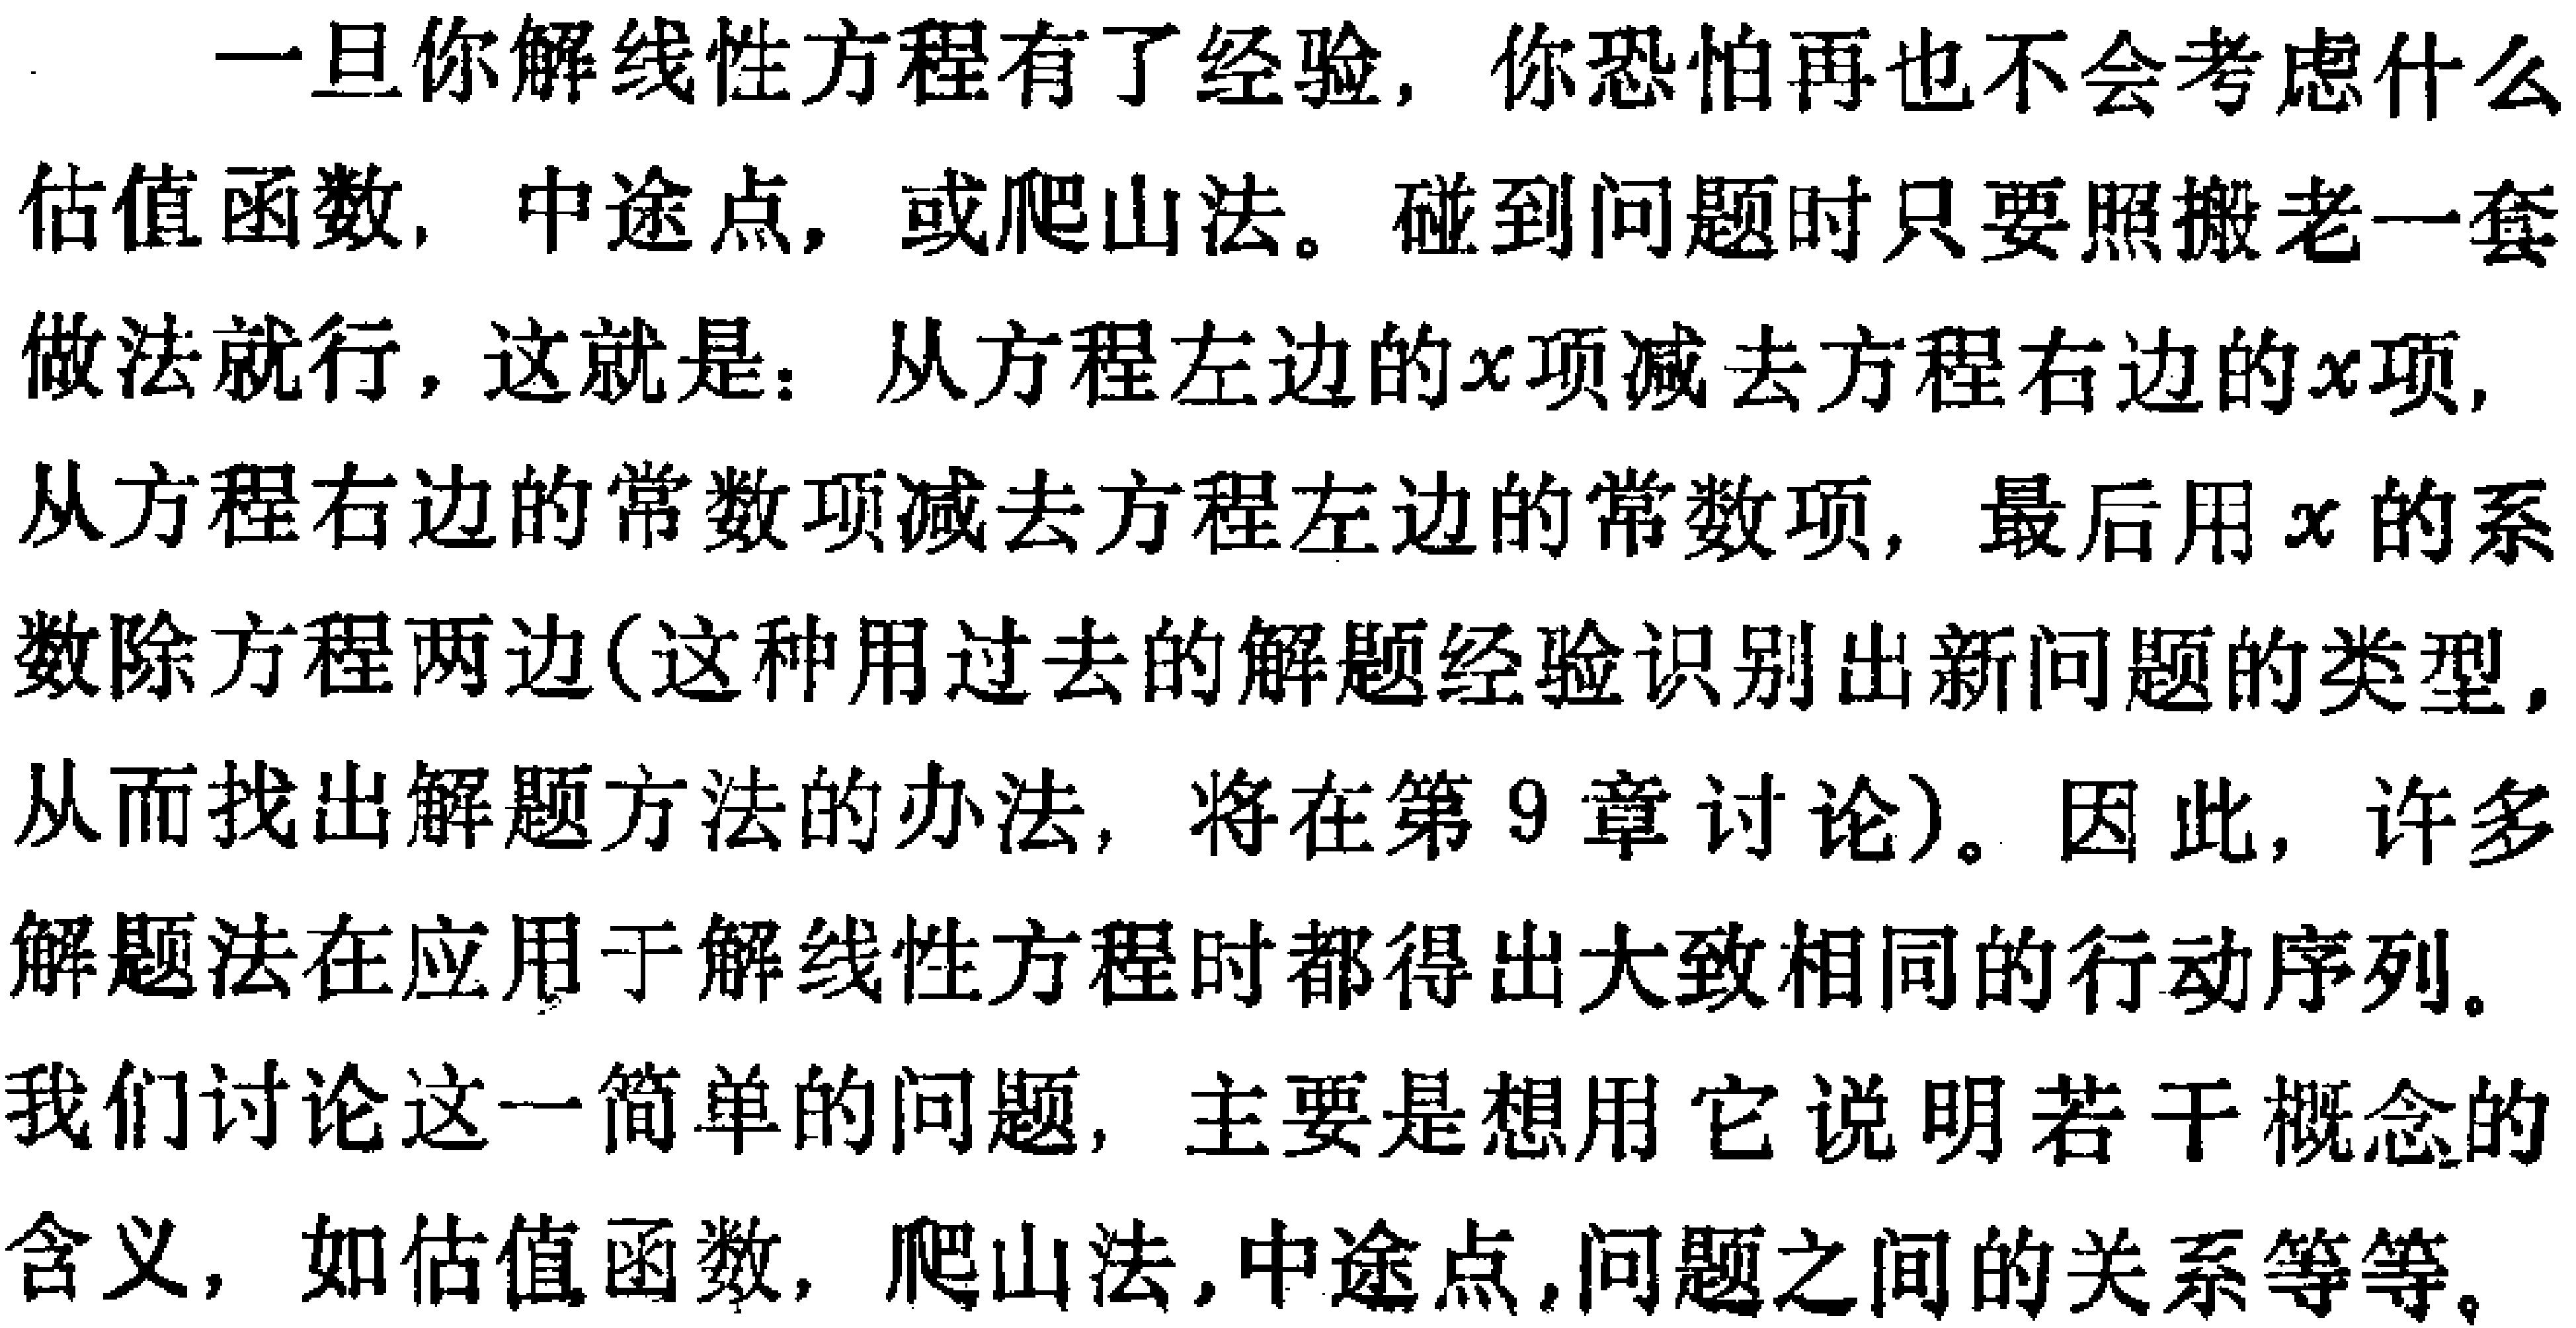
一旦你解线性方程有了经验，你恐怕再也不会考虑什么

估值函数, 中途点, 或爬山法。碰到问题时只要照搬老一套

做法就行，这就是：从方程左边的\(x\)项减去方程右边的\(x\)项,

从方程右边的常数项减去方程左边的常数项，最后用\(x\)的系

数除方程两边(这种用过去的解题经验识别出新问题的类型,

从而找出解题方法的办法, 将在第 9 章讨论)。因此，许多

解题法在应用于解线性方程时都得出大致相同的行动序列。

我们讨论这一简单的问题，主要是想用它说明若干概念的

含义，如估值函数, 爬山法,中途点,问题之间的关系等等。